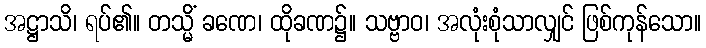
အဋ္ဌာသိ၊ ရပ်၏။ တသ္မိံ ခဏေ၊ ထိုခဏ၌။ သဗ္ဗာဝ၊ အလုံးစုံသာလျှင် ဖြစ်ကုန်သော။